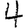
Digit: 4